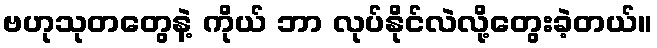
ဗဟုသုတတွေနဲ့ ကိုယ် ဘာ လုပ်နိုင်လဲလို့တွေးခဲ့တယ်။